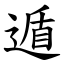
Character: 遁